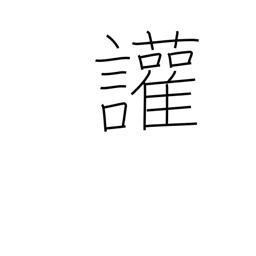
Meaning: disputatious